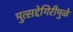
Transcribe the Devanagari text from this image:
मुत्सद्देगिरीमुळे